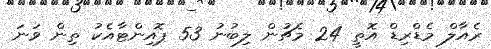
ރެއާލް މެޑްރިޑް އޮތީ 24 މެޗުން ލިބުނު 53 ޕޮއިންޓާއެކު ތިން ވަނަ